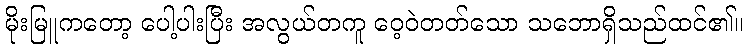
မိုးမြူကတော့ ပေါ့ပါးပြီး အလွယ်တကူ ဝေ့ဝဲတတ်သော သဘောရှိသည်ထင်၏။